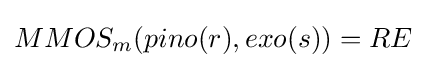
MMOS_{m}(pino(r),exo(s))=RE